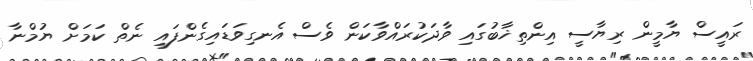
ރައީސް ޔާމީން ރިޔާސީ އިންތިޚާބުގައި ވާދަކުރައްވާކަން ވެސް އެނގިވަޑައިގެންފައި ނެތް ކަމަށް ޔުމްނާ